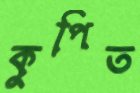
কুপিত